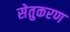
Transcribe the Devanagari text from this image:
सेतुकरण